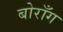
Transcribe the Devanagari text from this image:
बोराँग